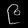
Digit: ၉